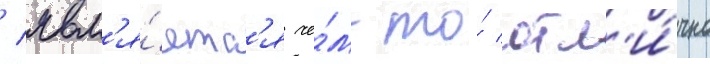
/ явл'я́етс'я че́м-то́ отл'и́чно